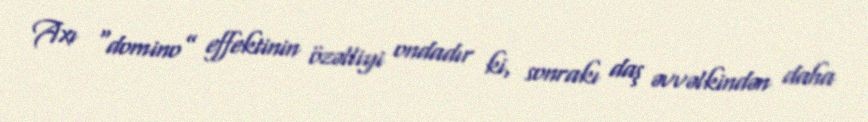
Axı “domino” effektinin özəlliyi ondadır ki, sonrakı daş əvvəlkindən daha